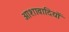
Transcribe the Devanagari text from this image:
आशावादियों